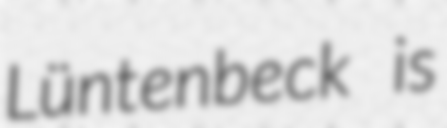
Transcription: Lüntenbeck is